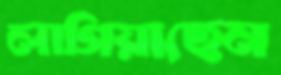
লাগিয়াছেন